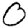
Digit: 0